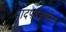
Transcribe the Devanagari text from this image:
पादपवैज्ञानिक